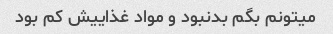
میتونم بگم بدنبود و مواد غذاییش کم بود